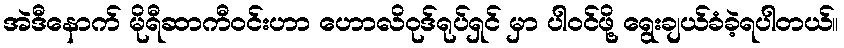
အဲဒီနောက် မိုရီဆာကီဝင်းဟာ ဟောလိဝုဒ်ရုပ်ရှင် မှာ ပါဝင်ဖို့ ရွေးချယ်ခံခဲ့ရပါတယ်။